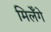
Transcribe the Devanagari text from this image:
मिलेँगे